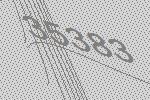
35383